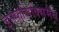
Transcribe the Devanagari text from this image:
इनफ़्लिक्सिमैब